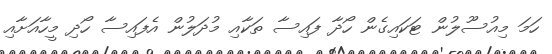
ހަމަ މިއުސޫލުން ޓަކައިގެން ހޯދާ ފައިސާ ތަކާއި މުދަލުން އެފައިސާ ހޯދި މީހާއަށާއި